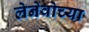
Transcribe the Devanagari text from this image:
लेनेवोच्या